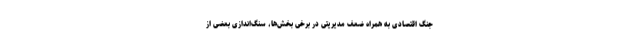
جنگ اقتصادی به همراه ضعف مدیریتی در برخی بخش‌ها، سنگ‌اندازی بعضی از